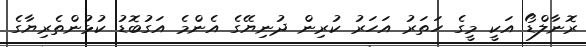
ރޮނާލްޑޯ އަކީ މީގެ ހަތަރު އަހަރު ކުރިން ދުނިޔޭގެ އެންމެ އަގުބޮޑު ކުޅުންތެރިޔާގެ